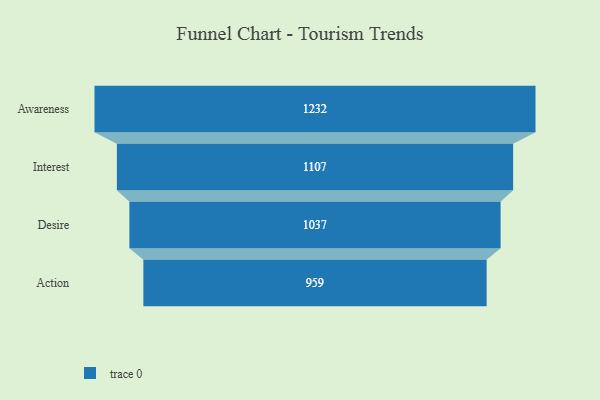
{"axis": {"x": "Stage", "y": "Value"}, "legend": [""], "data": [{"x": "Awareness", "y": 1232.0, "type": ""}, {"x": "Interest", "y": 1107.0, "type": ""}, {"x": "Desire", "y": 1037.0, "type": ""}, {"x": "Action", "y": 959.0, "type": ""}]}